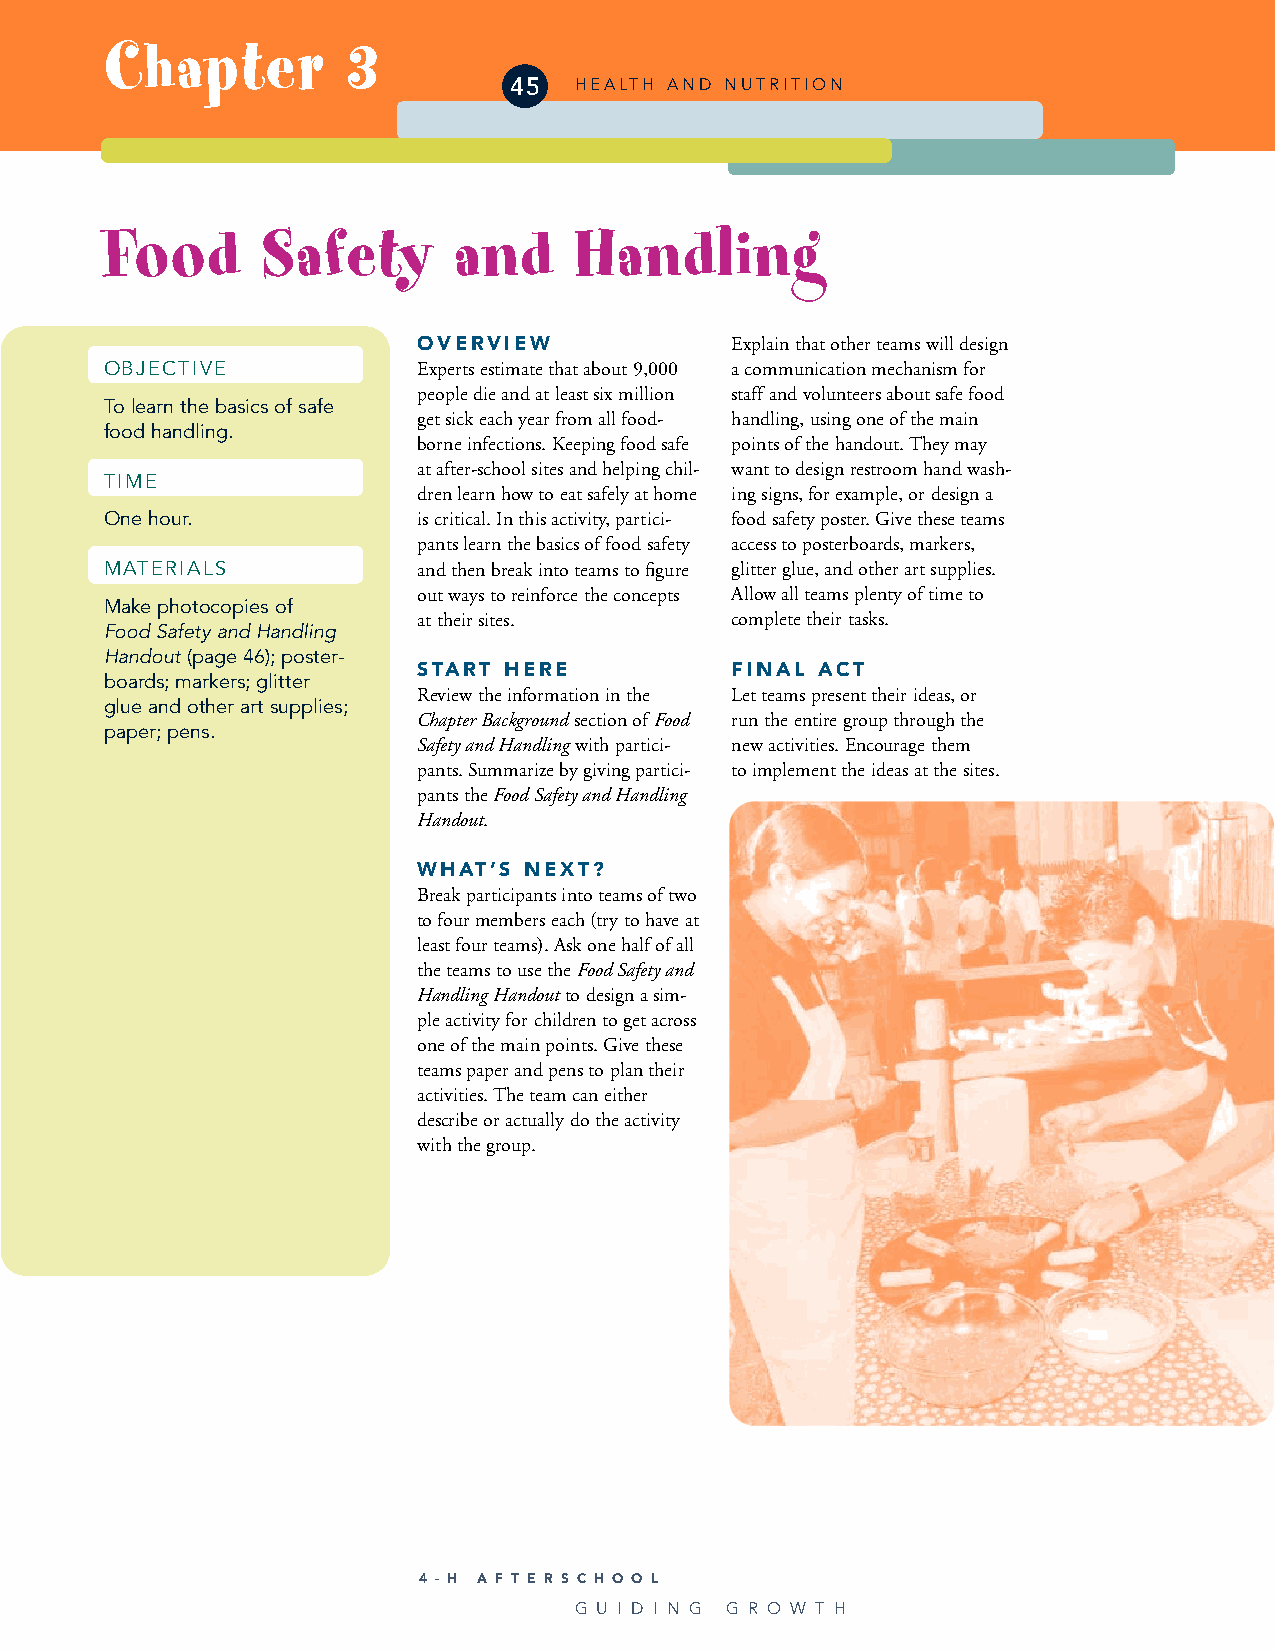
Chapter         3
 45  HEALTH AND NUTRITION
 Food      Safety       and     Handling
 OVERVIEW            Explain that other teams will design
 OBJECTIVE            Experts estimate that about 9,000 a communication mechanism for
 people die and at least six million staff and volunteers about safe food
 To learn the basics of safe
 get sick each year from all food- handling, using one of the main
 food handling.
 borne infections. Keeping food safe points of the handout. They may
 at after-school sites and helping chil- want to design restroom hand wash-
 TIME
 dren learn how to eat safely at home ing signs, for example, or design a
 One hour.            is critical. In this activity, partici- food safety poster. Give these teams
 pants learn the basics of food safety access to posterboards, markers,
 MATERIALS            and then break into teams to figure glitter glue, and other art supplies.
 out ways to reinforce the concepts Allow all teams plenty of time to
 Make photocopies of
 at their sites.     complete their tasks.
 Food Safety and Handling
 Handout(page 46); poster-
 START HERE          FINAL ACT
 boards; markers; glitter
 Review the information in the Let teams present their ideas, or
 glue and other art supplies;
 Chapter Backgroundsection of Food run the entire group through the
 paper; pens.
 Safety and Handlingwith partici- new activities. Encourage them
 pants. Summarize by giving partici- to implement the ideas at the sites.
 pants the Food Safety and Handling
 Handout.
 WHAT’S NEXT?
 Break participants into teams of two
 to four members each (try to have at
 least four teams). Ask one half of all
 the teams to use the Food Safety and
 Handling Handoutto design a sim-
 ple activity for children to get across
 one of the main points. Give these
 teams paper and pens to plan their
 activities. The team can either
 describe or actually do the activity
 with the group.
 4 - H A F T E R S C H O O L
 G U I D I N G G R O W T H